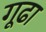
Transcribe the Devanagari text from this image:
गूढा